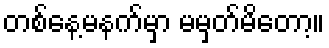
တစ်နေ့မနက်မှာ မမှတ်မိတော့။